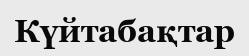
Күйтабақтар